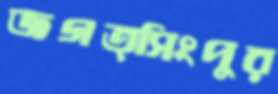
জগত্সিংপুর